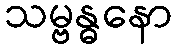
သမ္ဗန္ဓနော